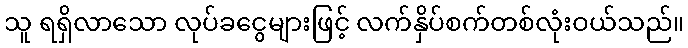
သူ ရရှိလာသော လုပ်ခငွေများဖြင့် လက်နှိပ်စက်တစ်လုံးဝယ်သည်။